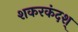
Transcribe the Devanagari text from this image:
शकरकंदश्